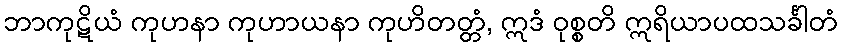
ဘာကုဋိယံ ကုဟနာ ကုဟာယနာ ကုဟိတတ္တံ, ဣဒံ ဝုစ္စတိ ဣရိယာပထသင်္ခါတံ